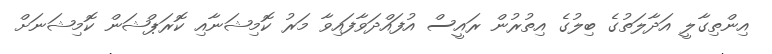
އިންތިގާލީ އަދާލަތުގެ ބިލުގެ އިތުރުން ރައީސް އުފައްދަވާފައިވާ މަރު ކޮމިޝަނާއި ކޮރަޕްޝަން ކޮމިޝަނަށް